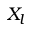
X _ { l }